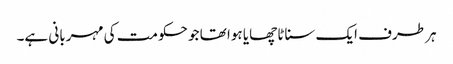
ہر طرف ایک سناٹا چھایا ہوا تھا جو حکومت کی مہربانی ہے۔